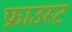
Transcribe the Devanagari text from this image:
फ्राउस्ट